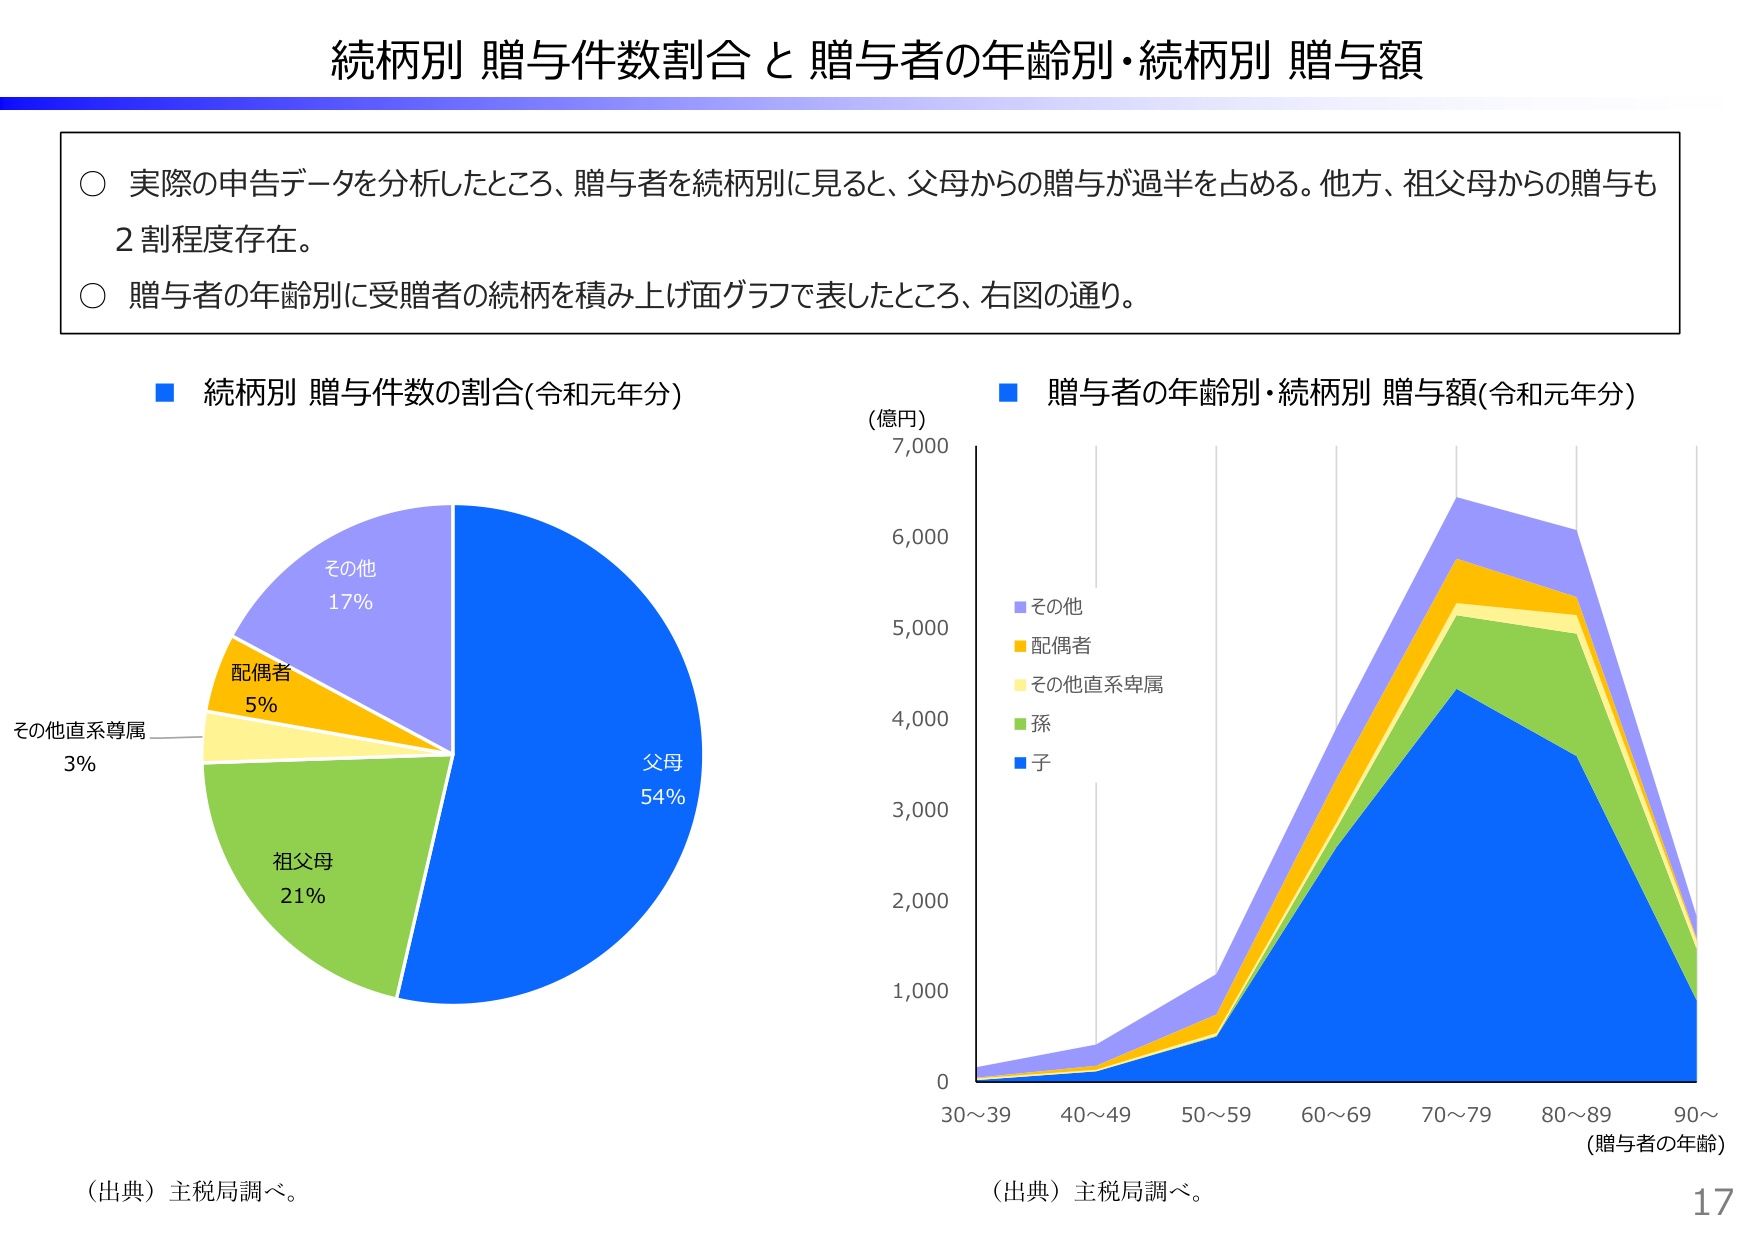
続柄別 贈与件数割合 と 贈与者の年齢別・続柄別 贈与額

○ 実際の申告データを分析したところ、贈与者を続柄別に見ると、父母からの贈与が過半を占める。他方、祖父母からの贈与も2割程度存在。
○ 贈与者の年齢別に受贈者の続柄を積み上げ面グラフで表したところ、右図の通り。

■ 続柄別 贈与件数の割合（令和元年分）
　　その他 17%
　　配偶者 5%
　　その他直系尊属 3%
　　祖父母 21%
　　父母 54%

（出典）主税局調べ。

■ 贈与者の年齢別・続柄別 贈与額（令和元年分）
（億円）
7,000
6,000
5,000
4,000
3,000
2,000
1,000
0

　　■ その他
　　■ 配偶者
　　■ その他直系卑属
　　■ 孫
　　■ 子

30～39　40～49　50～59　60～69　70～79　80～89　90～

（贈与者の年齢）

（出典）主税局調べ。

17